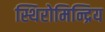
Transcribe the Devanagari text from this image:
स्थिरोमिन्द्रिय